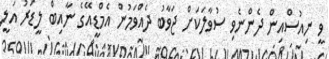
ވީ ނިއުސްއިން ދެންނެވި ސުވާލަކަށް ޖަވާބު ދެއްވަމުން އެމްޑީއޭގެ ނާއިބް ލީޑަރު އަލީ